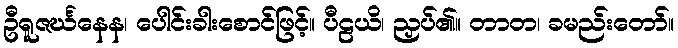
ဦရူဇင်္ဃနေန၊ ပေါင်းခါးစောင်ဖြင့်။ ပီဠယိ၊ ညှပ်၏။ တာတ၊ ခမည်းတော်။